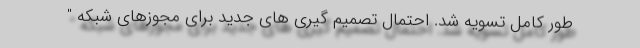
طور کامل تسویه شد. احتمال تصمیم گیری های جدید برای مجوزهای شبکه "